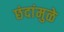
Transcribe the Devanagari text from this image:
छंदांमुळे